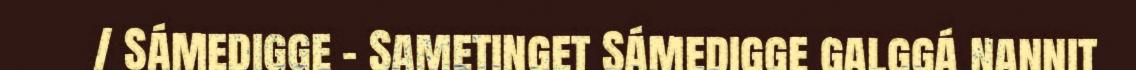
/ Sámedigge - Sametinget Sámedigge galggá nannit